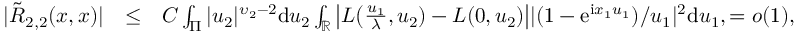
\begin{array} { r l r } { | \tilde { R } _ { 2 , 2 } ( \boldsymbol { x } , \boldsymbol { x } ) | } & { \le } & { C \int _ { \Pi } | u _ { 2 } | ^ { \upsilon _ { 2 } - 2 } \mathrm d u _ { 2 } \int _ { \mathbb { R } } \big | L \big ( \frac { u _ { 1 } } { \lambda } , u _ { 2 } ) - L ( 0 , u _ { 2 } ) \big | | ( 1 - \mathrm e ^ { \mathrm i x _ { 1 } u _ { 1 } } ) / u _ { 1 } | ^ { 2 } \mathrm d u _ { 1 } , = o ( 1 ) , } \end{array}